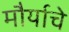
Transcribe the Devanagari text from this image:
मौर्याचे